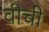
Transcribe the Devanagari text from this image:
वीची